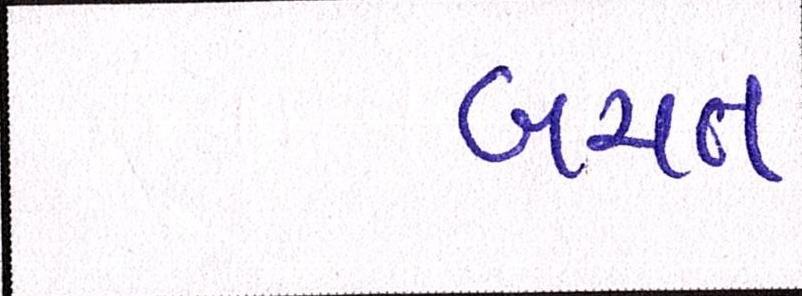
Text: બચત